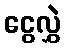
ငွေလွှဲ